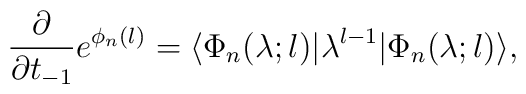
\frac{\partial}{\partial t_{-1}}e^{\phi_{n}(l)}=\langle\Phi_{n}(\lambda;l)|\lambda^{l-1}|\Phi_{n}(\lambda;l)\rangle,